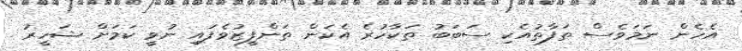
އެހެން ނަމަވެސް ތަފާތުއެކި ސަބަބު ތަކާހުރެ އެކަން ތަންފީޒުވެފައި ނުވީ ކަމަށް ޝަހީރު